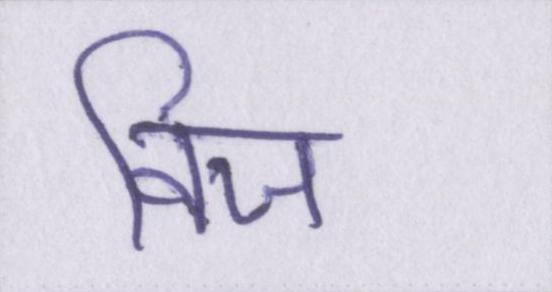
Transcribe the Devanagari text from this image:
विज